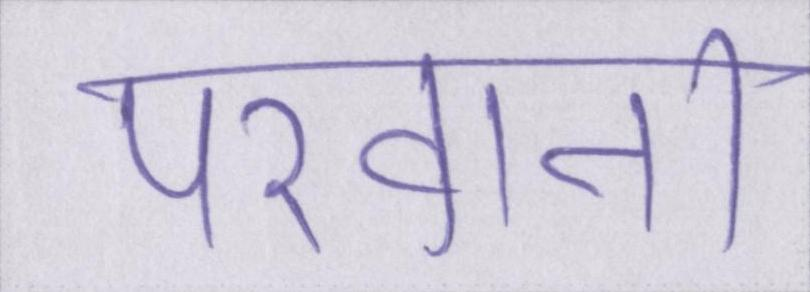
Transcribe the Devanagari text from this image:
परवाना